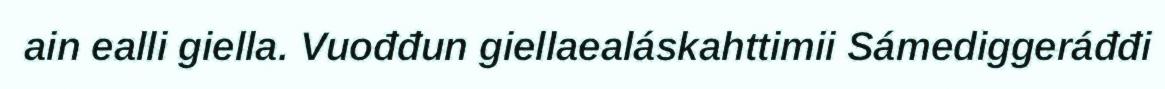
ain ealli giella. Vuođđun giellaealáskahttimii Sámediggeráđđi